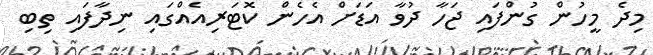
މިދެ މީހުން ގުންފައި ޖަހާ ދުވާ އަޑަށް އެހެން ކޮޓަރިއެއްގައި ނިދާފައި ތިބި